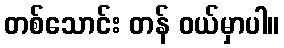
တစ်သောင်း တန် ဝယ်မှာပါ။